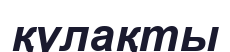
қүлақты